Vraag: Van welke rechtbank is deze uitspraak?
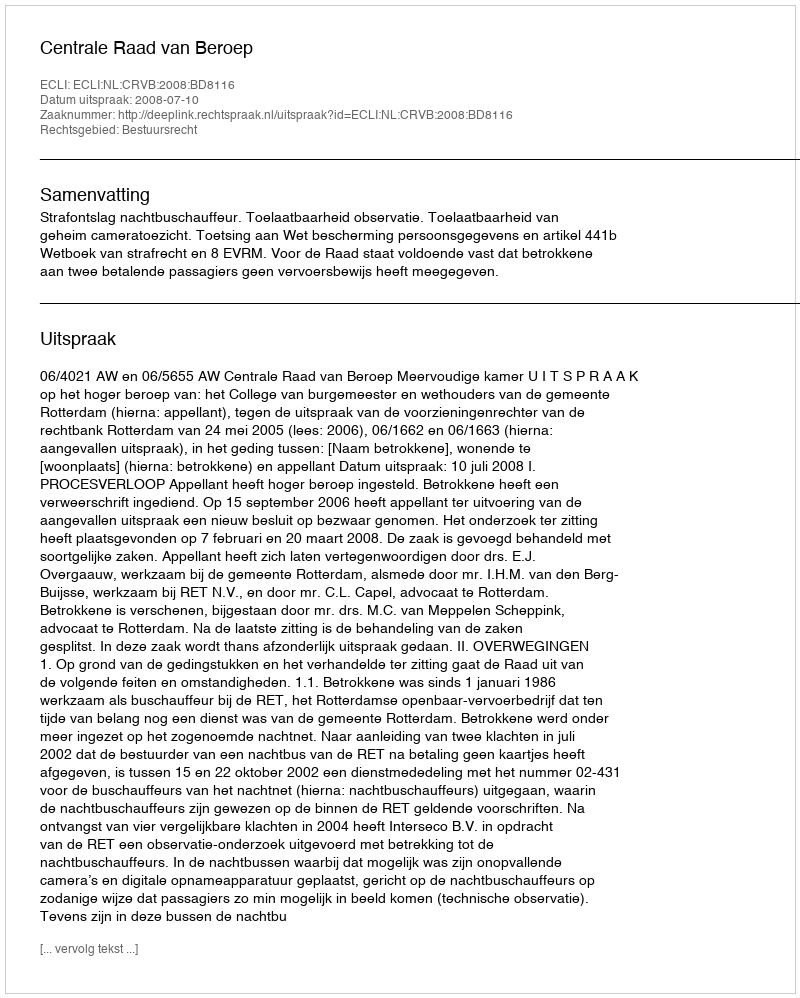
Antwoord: Centrale Raad van Beroep